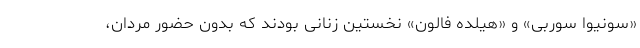
«سونیوا سوربی» و «هیلده فالون» نخستین زنانی بودند که بدون حضور مردان،